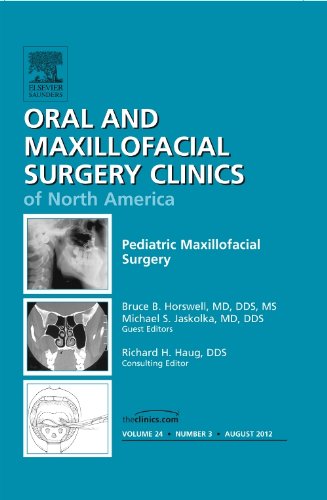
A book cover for Pediatric Maxillofacial Surgery, An Issue of Oral and Maxillofacial Surgery Clinics, 1e (The Clinics: Dentistry); Bruce B. Horswell MD  DDS  MS; Medical Books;